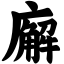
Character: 廨